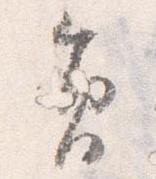
員